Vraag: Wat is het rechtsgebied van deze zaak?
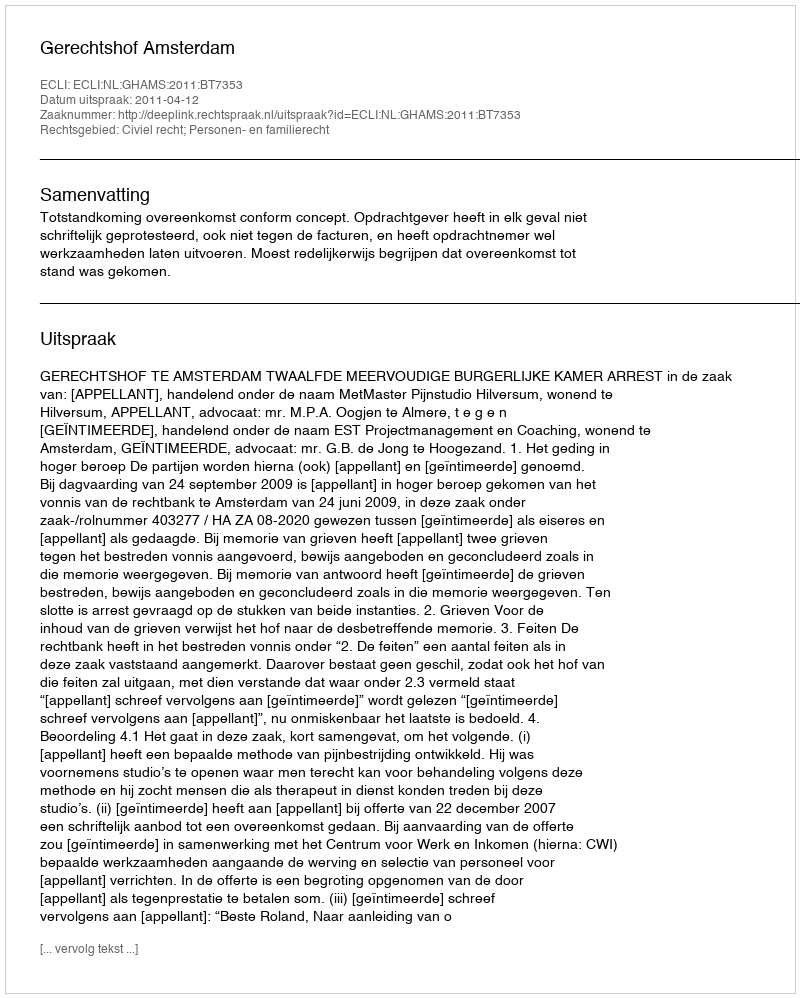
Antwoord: Civiel recht; Personen- en familierecht